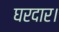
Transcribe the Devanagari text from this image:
घरदार।